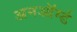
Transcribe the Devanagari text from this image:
अनऑर्म्ड